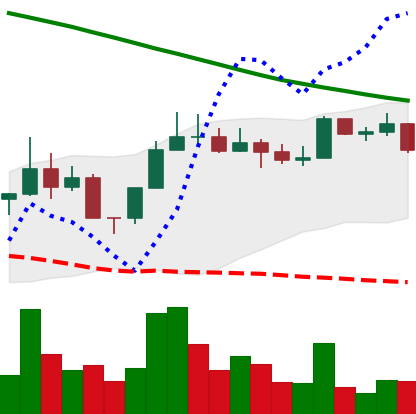
Ticker: NEO-USD
Chart end date: 2022-08-09
Forward return: 4.772%
Label: up_3_5